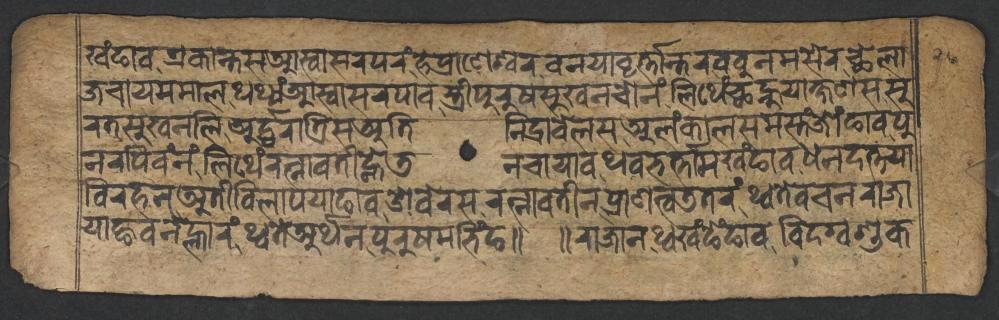
𑐏𑑄𑐒𑐵𑐰𑐊𑐎𑐵𑐣𑑂𑐟𑐳𑐁𑐳𑑂𑐰𑐵𑐳𑐬𑐥𑐬𑑄𑐴𑐾𑐥𑑂𑐬𑐵𑐞𑐾𑐱𑑂𑐰𑐬𑐰𑐣𑐫𑐵𑐰𑐺𑐬𑑂𑐟𑑂𑐟𑐵𑐣𑑂𑐟𑐬𑐧𑐧𑐸𑐣𑐩𑐳𑐾𑐬𑐕𑐾𑐮𑐵 𑐖𑐔𑐵𑐫𑐩𑐩𑐵𑐮𑐠𑐠𑑂𑐫𑑄𑐁𑐳𑑂𑐰𑐵𑐳𑐬𑐥𑐵𑐰𑐳𑑂𑐟𑑂𑐬𑐷𑐥𑐸𑐬𑐸𑐲𑐳𑐸𑐏𑐣𑐔𑑀𑐣𑑄𑐮𑐶𑐠𑐾𑑄𑐕𑐣𑑂𑐴𑐸𑐫𑐵𑐎𑑂𑐲𑐞𑐳𑐳𑐸 𑐬𑐟𑐳𑐸𑐏𑐣𑐮𑐶𑐀𑐬𑑂𑐡𑑂𑐢𑐬𑐵𑐟𑑂𑐬𑐶𑐳𑐀𑐟𑐶𑐣𑐶𑐡𑑂𑐬𑐵𑐧𑐾𑐮𑐳𑐀𑐮𑑄𑐎𑐵𑐮𑐳𑐩𑐳𑑂𑐟𑑄𑐖𑑀𑑄𑐒𑐵𑐰𑐥𑐸 𑐣𑐬𑐥𑐶𑐰𑑄𑐣𑑄𑐮𑐶𑐠𑐾𑑄𑐬𑐟𑑂𑐣𑐵𑐰𑐟𑐷𑐒𑑂𑐴𑐾𑐜𑐣𑐔𑐵𑐫𑐵𑐰𑐠𑐰𑐨𑐬𑑂𑐟𑑂𑐟𑐵𑐩𑐏𑑄𑐒𑐵𑐰𑐢𑐣𑐡𑐟𑑂𑐟𑐫𑐵 𑐰𑐶𑐬𑐴𑐣𑐀𑐟𑐷𑐰𑐶𑐮𑐵𑐥𑐫𑐵𑐒𑐵𑐰𑐌𑐧𑐾𑐬𑐳𑐬𑐟𑑂𑐣𑐵𑐰𑐟𑐷𑐣𑐥𑑂𑐬𑐵𑐞𑐟𑑂𑐰𑐜𑐟𑐬𑑄𑐠𑑂𑐰𑐟𑐾𑐰𑐔𑐣𑐬𑐵𑐖𑐵 𑐫𑐵𑐒𑑂𑐴𑐰𑐣𑐾𑐮𑑂𑐴𑐵𑐬𑑄𑐠𑑂𑐰𑐟𑐾𑐀𑐬𑑂𑐠𑐣𑐥𑐸𑐬𑐸𑐲𑐩𑐨𑐶𑑄𑐒𑑌 𑑌𑐬𑐵𑐖𑐵𑐣𑐠𑑂𑐰𑐏𑑄𑐒𑐾𑑄𑐒𑐵𑐰𑐰𑐶𑐡𑐐𑑂𑐰𑐱𑐸𑐎